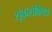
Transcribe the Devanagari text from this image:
शूकरोविष्ठा